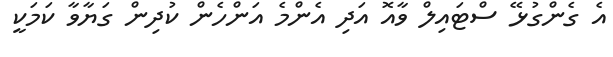
އެ ގެންގުޅޭ ސްޓައިލް ވާއޮ އަދި އެންމެ އަންހެން ކުދިން ގަޔާވާ ކަމަކީ